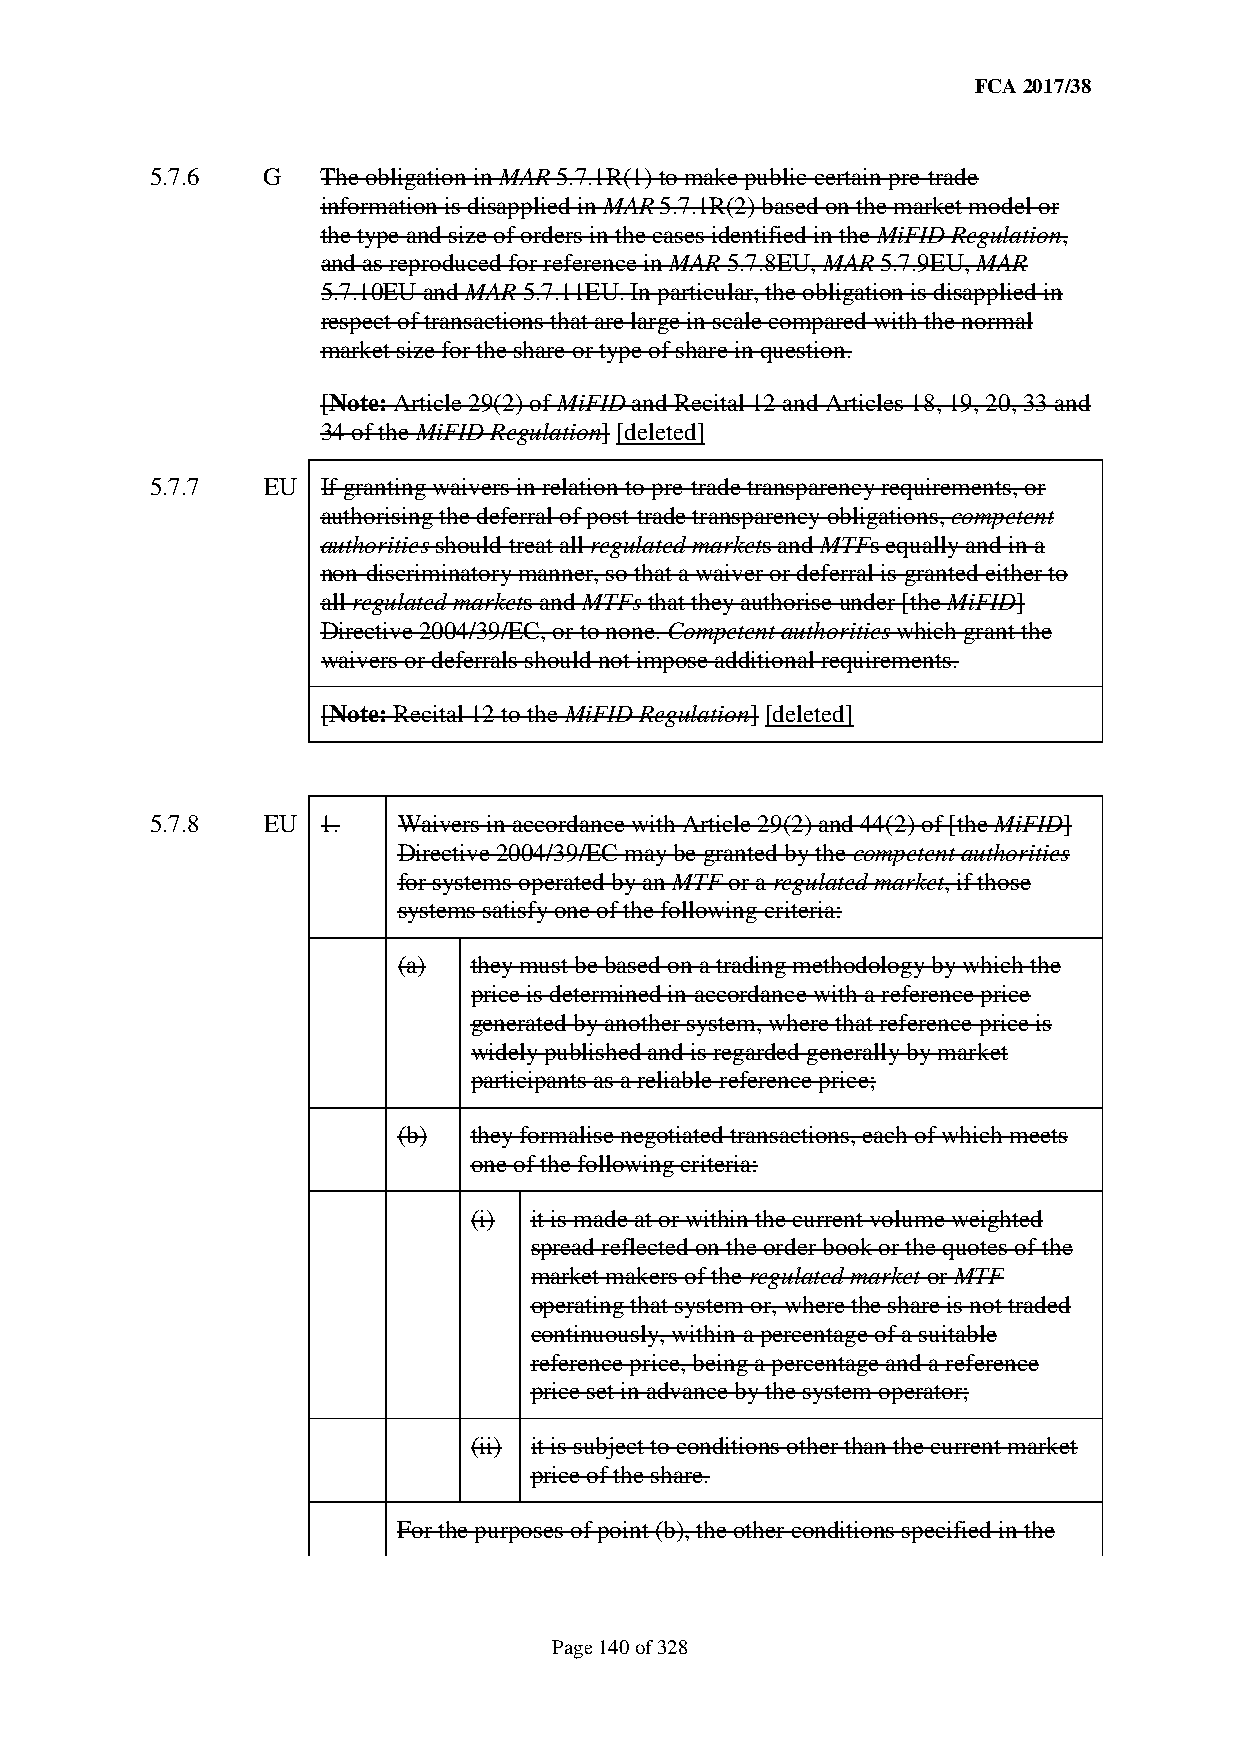
FCA 2017/38
 5.7.6  G   The obligation in MAR 5.7.1R(1) to make public certain pre-trade
 information is disapplied in MAR 5.7.1R(2) based on the market model or
 the type and size of orders in the cases identified in the MiFID Regulation,
 and as reproduced for reference in MAR 5.7.8EU, MAR 5.7.9EU, MAR
 5.7.10EU and MAR 5.7.11EU. In particular, the obligation is disapplied in
 respect of transactions that are large in scale compared with the normal
 market size for the share or type of share in question.
 [Note: Article 29(2) of MiFID and Recital 12 and Articles 18, 19, 20, 33 and
 34 of the MiFID Regulation] [deleted]
 5.7.7  EU  If granting waivers in relation to pre-trade transparency requirements, or
 authorising the deferral of post-trade transparency obligations, competent
 authorities should treat all regulated markets and MTFs equally and in a
 non-discriminatory manner, so that a waiver or deferral is granted either to
 all regulated markets and MTFs that they authorise under [the MiFID]
 Directive 2004/39/EC, or to none. Competent authorities which grant the
 waivers or deferrals should not impose additional requirements.
 [Note: Recital 12 to the MiFID Regulation] [deleted]
 5.7.8  EU  1.   Waivers in accordance with Article 29(2) and 44(2) of [the MiFID]
 Directive 2004/39/EC may be granted by the competent authorities
 for systems operated by an MTF or a regulated market, if those
 systems satisfy one of the following criteria:
 (a)  they must be based on a trading methodology by which the
 price is determined in accordance with a reference price
 generated by another system, where that reference price is
 widely published and is regarded generally by market
 participants as a reliable reference price;
 (b)  they formalise negotiated transactions, each of which meets
 one of the following criteria:
 (i) it is made at or within the current volume weighted
 spread reflected on the order book or the quotes of the
 market makers of the regulated market or MTF
 operating that system or, where the share is not traded
 continuously, within a percentage of a suitable
 reference price, being a percentage and a reference
 price set in advance by the system operator;
 (ii) it is subject to conditions other than the current market
 price of the share.
 For the purposes of point (b), the other conditions specified in the
 Page 140 of 328